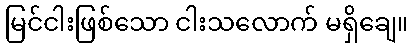
မြင်ငါးဖြစ်သော ငါးသလောက် မရှိချေ။